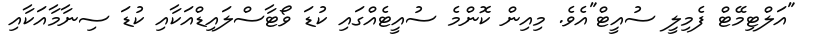
"އަލްޓިމޭޓް ފެމިލީ ސުއީޓް"އެވެ. މިއިން ކޮންމެ ސުއީޓެއްގައި ކުޑަ ވޯޓާސްލައިޑްއަކާއި ކުޑަ ސިނާމާއަކާއި